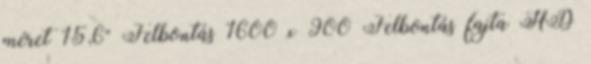
méret 15,6" Felbontás 1600 x 900 Felbontás fajta HD